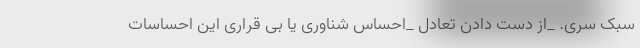
سبک سری. _از دست دادن تعادل _احساس شناوری یا بی قراری این احساسات